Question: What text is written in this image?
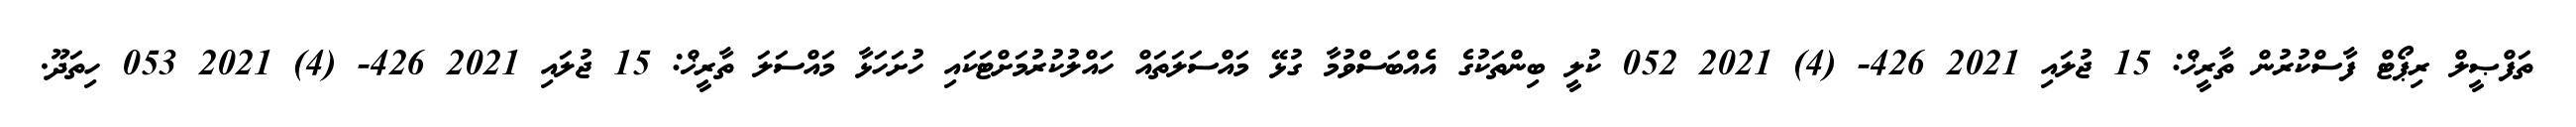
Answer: ތަފްޞީލް ރިޕޯޓް ފާސްކުރުން ތާރީޚް: 15 ޖުލައި 2021 426- (4) 2021 052 ކުލީ ބިންތަކުގެ އެއްބަސްވުމާ ގުޅޭ މައްސަލަތައް ހައްލުކުރުމަށްޓަކައި ހުށަހަޅާ މައްސަލަ ތާރީޚް: 15 ޖުލައި 2021 426- (4) 2021 053 ހިތަދޫ.